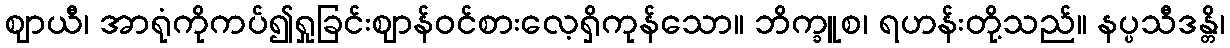
ဈာယီ၊ အာရုံကိုကပ်၍ရှုခြင်းဈာန်ဝင်စားလေ့ရှိကုန်သော။ ဘိက္ခူစ၊ ရဟန်းတို့သည်။ နပ္ပသီဒန္တိ၊